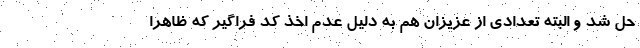
حل شد و البته تعدادی از عزیزان هم به دلیل عدم اخذ کد فراگیر که ظاهراً